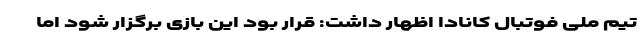
تیم ملی فوتبال کانادا اظهار داشت: قرار بود این بازی برگزار شود اما